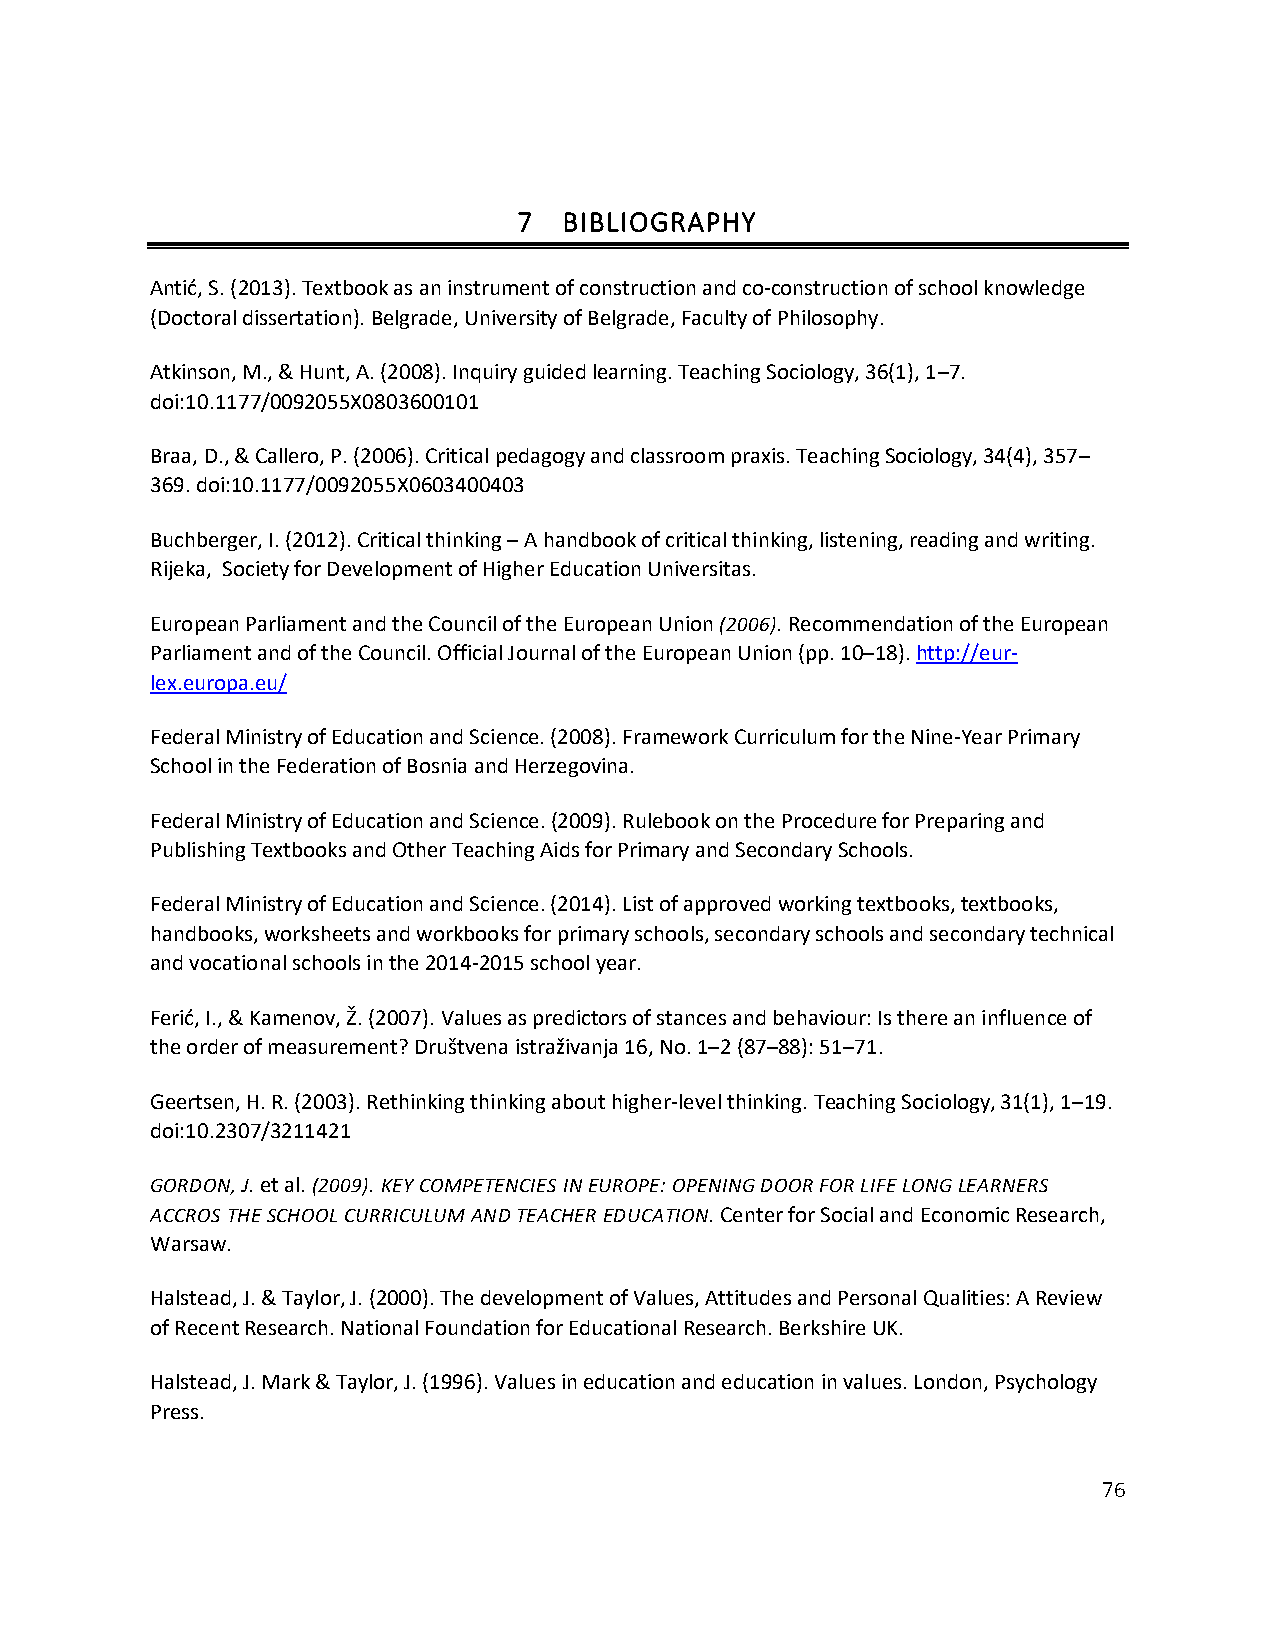
7  BIBLIOGRAPHY
 Antić, S. (2013). Textbook as an instrument of construction and co-construction of school knowledge
 (Doctoral dissertation). Belgrade, University of Belgrade, Faculty of Philosophy.
 Atkinson, M., & Hunt, A. (2008). Inquiry guided learning. Teaching Sociology, 36(1), 1–7.
 doi:10.1177/0092055X0803600101
 Braa, D., & Callero, P. (2006). Critical pedagogy and classroom praxis. Teaching Sociology, 34(4), 357–
 369. doi:10.1177/0092055X0603400403
 Buchberger, I. (2012). Critical thinking – A handbook of critical thinking, listening, reading and writing.
 Rijeka, Society for Development of Higher Education Universitas.
 European Parliament and the Council of the European Union (2006). Recommendation of the European
 Parliament and of the Council. Official Journal of the European Union (pp. 10–18). http://eur-
 lex.europa.eu/
 Federal Ministry of Education and Science. (2008). Framework Curriculum for the Nine-Year Primary
 School in the Federation of Bosnia and Herzegovina.
 Federal Ministry of Education and Science. (2009). Rulebook on the Procedure for Preparing and
 Publishing Textbooks and Other Teaching Aids for Primary and Secondary Schools.
 Federal Ministry of Education and Science. (2014). List of approved working textbooks, textbooks,
 handbooks, worksheets and workbooks for primary schools, secondary schools and secondary technical
 and vocational schools in the 2014-2015 school year.
 Ferić, I., & Kamenov, Ž. (2007). Values as predictors of stances and behaviour: Is there an influence of
 the order of measurement? Društvena istraživanja 16, No. 1–2 (87–88): 51–71.
 Geertsen, H. R. (2003). Rethinking thinking about higher-level thinking. Teaching Sociology, 31(1), 1–19.
 doi:10.2307/3211421
 GORDON, J. et al. (2009). KEY COMPETENCIES IN EUROPE: OPENING DOOR FOR LIFE LONG LEARNERS
 ACCROS THE SCHOOL CURRICULUM AND TEACHER EDUCATION. Center for Social and Economic Research,
 Warsaw.
 Halstead, J. & Taylor, J. (2000). The development of Values, Attitudes and Personal Qualities: A Review
 of Recent Research. National Foundation for Educational Research. Berkshire UK.
 Halstead, J. Mark & Taylor, J. (1996). Values in education and education in values. London, Psychology
 Press.
 76